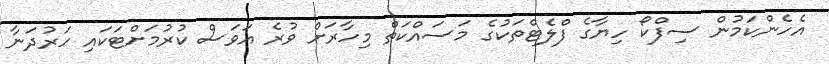
އެހެންކަމުން ސިފްކޯ ހިޔާގެ ފްލެޓްތަކުގެ މަސައްކަތް މިހާރަށް ވުރެ އަވަސް ކުރުމަށްޓަކައި ހަރުދަނާ